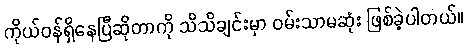
ကိုယ်ဝန်ရှိနေပြီဆိုတာကို သိသိချင်းမှာ ဝမ်းသာမဆုံး ဖြစ်ခဲ့ပါတယ်။